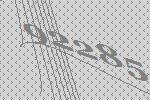
92285